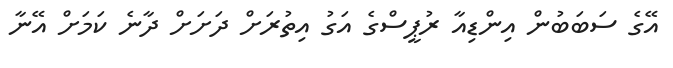
އޭގެ ސަބަބުން އިންޑިއާ ރުޕީސްގެ އަގު އިތުރަށް ދަށަށް ދާނެ ކަމަށް އޭނާ